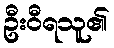
ဦးဝီရသူ၏